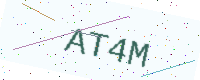
Text: AT4M